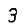
Digit: 3